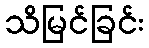
သိမြင်ခြင်း